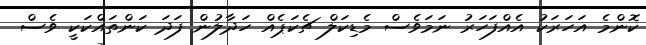
ކޮންމެ އަހަރަކު އެއްފަހަރު ނަމަވެސް މެޑިކަލް ޗެކަޕެއް ހަދާލުން ފަދަ ކަންތައްކަކީ ވެސް